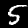
Digit: 5